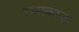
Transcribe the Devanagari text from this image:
रस्सकाज़ा